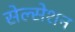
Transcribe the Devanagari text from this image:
सेल्सेशन